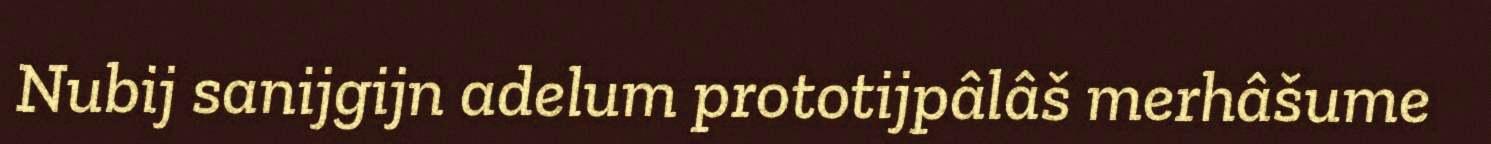
Nubij sanijgijn adelum prototijpâlâš merhâšume